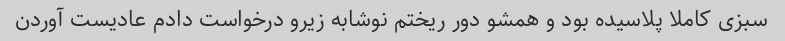
سبزی کاملا پلاسیده بود و همشو دور ریختم نوشابه زیرو درخواست دادم عادیست آوردن